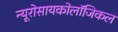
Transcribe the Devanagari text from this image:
न्यूरोसायकोलॉजिकल